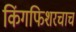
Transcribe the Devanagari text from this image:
किंगफिशरचाच